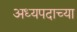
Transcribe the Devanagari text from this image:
अध्यपदाच्या